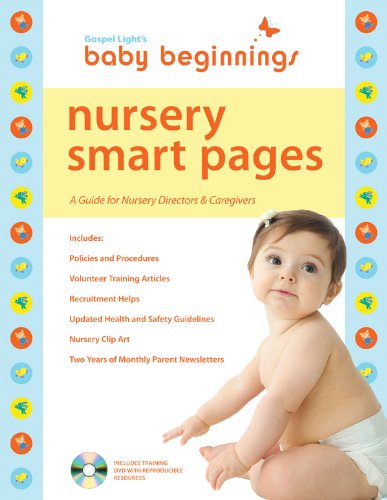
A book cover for Baby Beginnings Nursery Smart Pages: Your Guide to launching your church nursery from babysitting mode to effective ministry to young families! Plan, equip, inspire, train!; Gospel Light; Christian Books & Bibles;